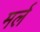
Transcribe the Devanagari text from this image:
मर्ल